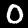
Label: 0